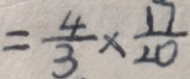
= \frac { 4 } { 3 } \times \frac { 1 7 } { 2 0 }